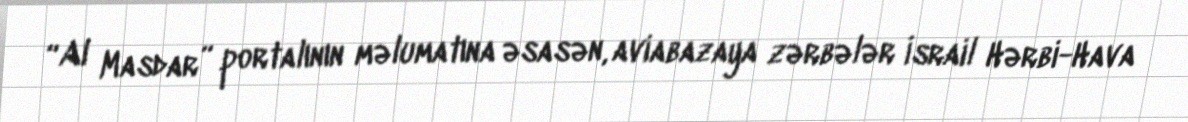
“Al Masdar” portalının məlumatına əsasən, aviabazaya zərbələr İsrail Hərbi-Hava